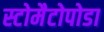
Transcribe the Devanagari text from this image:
स्टोमैटोपोडा